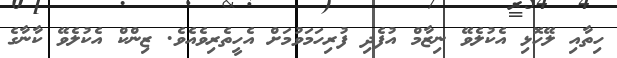
ހިތާއި ލޭހޮޅި އެކުލެވޭ ނިޒާމް އުފެދި ފުރިހަމަވުމަށް އެހީތެރިވެއެވެ. ޒިންކް އެކުލެވޭ ކާނާގެ